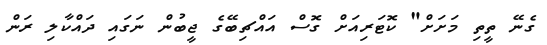
ގެނޭ ތީތި މަށަށް" ކޮޓަރިއަށް ގޮސް އައްޗިބޭގެ ޖީބުން ނަގައި ދައްކާލި ރަން